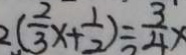
2 ( \frac { 2 } { 3 } x + \frac { 1 } { 2 } ) = \frac { 3 } { 4 } x